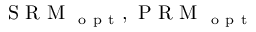
\mathrm { ~ S ~ R ~ M ~ } _ { \mathrm { ~ o ~ p ~ t ~ } } , \mathrm { ~ P ~ R ~ M ~ } _ { \mathrm { ~ o ~ p ~ t ~ } }